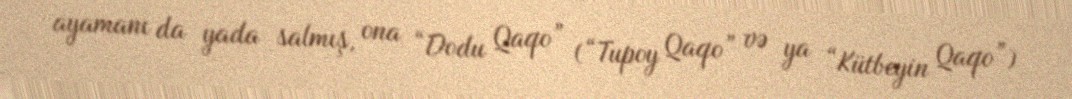
ayamanı da yada salmış, ona “Dodu Qaqo” (“Tupoy Qaqo” və ya “Kütbeyin Qaqo”)